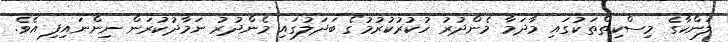
ލަންކާގެ މިސްކިތްތަކުގައި މާދަމާ މެންދުރު ހުކުރުކުރުމުގެ ބަދަލުގައި މެންދުރު ނަމާދުކުރަން ނިންނައިފި އެވެ.